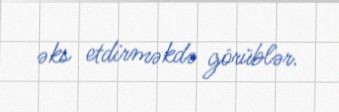
əks etdirməkdə görüblər.